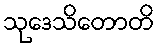
သုဒေသိတောတိ